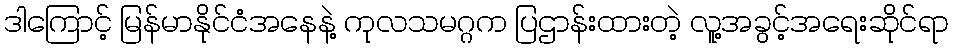
ဒါကြောင့် မြန်မာနိုင်ငံအနေနဲ့ ကုလသမဂ္ဂက ပြဌာန်းထားတဲ့ လူ့အခွင့်အရေးဆိုင်ရာ